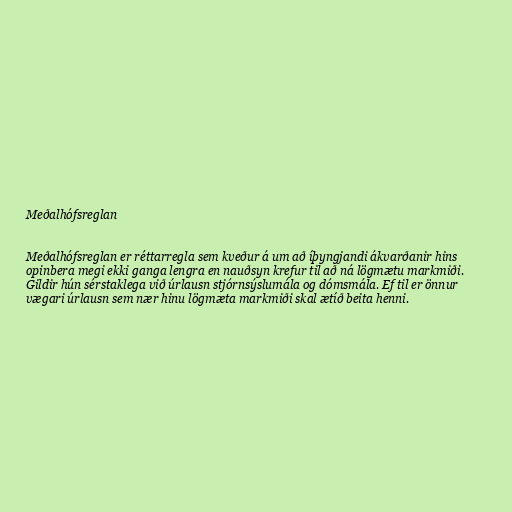
Meðalhófsreglan

Meðalhófsreglan er réttarregla sem kveður á um að íþyngjandi ákvarðanir hins
opinbera megi ekki ganga lengra en nauðsyn krefur til að ná lögmætu markmiði.
Gildir hún sérstaklega við úrlausn stjórnsýslumála og dómsmála. Ef til er önnur
vægari úrlausn sem nær hinu lögmæta markmiði skal ætíð beita henni.